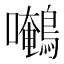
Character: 𱕯